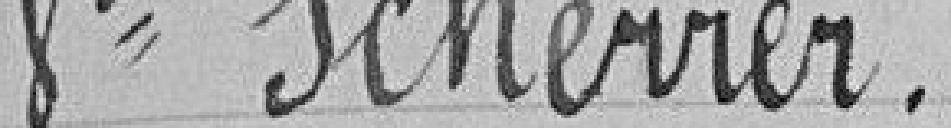
Veuve Scherrer